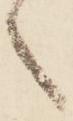
之